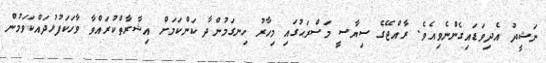
ނަޝީދު އެދިވަޑައިގެންނެވިއެވެ. ރާއްޖޭގެ ސިޔާސީ މަސްރަޙުގައި މިހާރު ހިނގަމުންދާ ކަންކަމަށް އިޝާރާތްކުރައްވާ ވާހަކަފުޅުދައްކަވަމުން